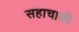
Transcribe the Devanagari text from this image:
सहाचाकी